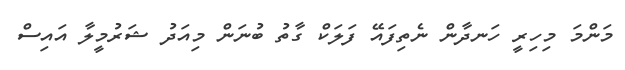
މަންމަ މިހިރީ ހަނދާން ނެތިފައޭ ފަލަކް ގާތު ބުނަން މިއަދު ޝަރުމީލާ އައިސް